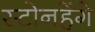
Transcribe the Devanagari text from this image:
स्टोनहेंगे